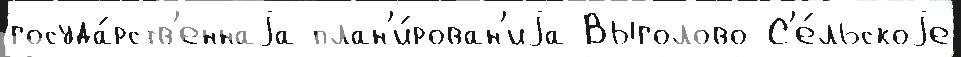
госуда́рств'еннаjа план'и́рован'иjа Выголово С'е́льскоjе